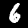
Digit: 6